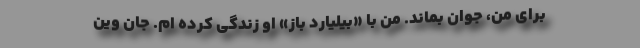
براى من، جوان بماند. من با «بيليارد باز» او زندگى كرده ام. جان وين